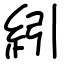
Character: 紖